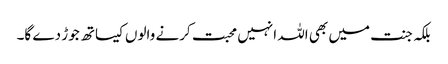
بلکہ جنت میں بھی اللہ انہیں محبت کرنے والوں کیساتھ جوڑ دے گا۔